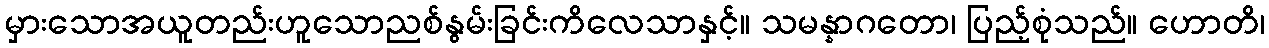
မှားသောအယူတည်းဟူသောညစ်နွမ်းခြင်းကိလေသာနှင့်။ သမန္နာဂတော၊ ပြည့်စုံသည်။ ဟောတိ၊